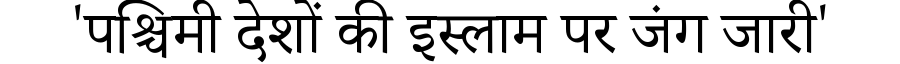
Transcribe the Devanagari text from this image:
'पश्चिमी देशों की इस्लाम पर जंग जारी'